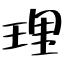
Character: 理